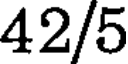
42/5